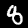
Label: 8